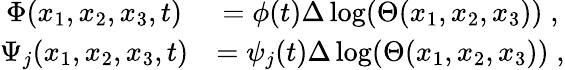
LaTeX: \begin{array}{cc}{\Phi(x_{1},x_{2},x_{3},t)}&{=\phi(t)\Delta\log(\Theta(x_{1},x_{2},x_{3}))\; ,}\\ {\Psi_{j}(x_{1},x_{2},x_{3},t)}&{=\psi_{j}(t)\Delta\log(\Theta(x_{1},x_{2},x_{3}))\; ,}\end{array}